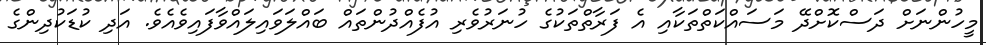
މީހުންނަށް ދަސްކޮށްދޭ މަސައްކަތްތަކާއި އެ ފަރާތްތަކުގެ ހުނަރުވެރި އުފެއްދުންތައް ބައްލަވައިލައްވާފައިވެއެވެ. އަދި ކުޑަކުދިންގެ